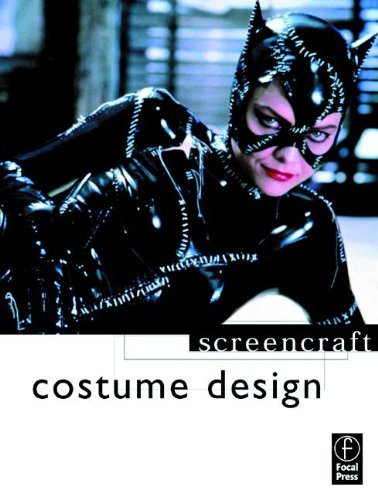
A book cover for Costume Design (Screencraft Series); Deborah Nadoolman Landis; Humor & Entertainment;